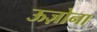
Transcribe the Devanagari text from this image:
ऊज़ोना